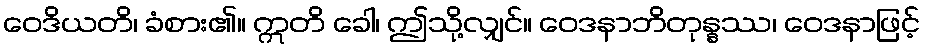
ဝေဒိယတိ၊ ခံစား၏။ ဣတိ ခေါ၊ ဤသို့လျှင်။ ဝေဒနာဘိတုန္နဿ၊ ဝေဒနာဖြင့်